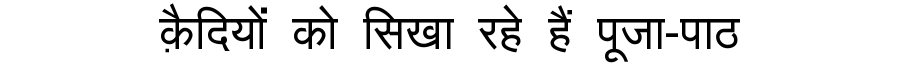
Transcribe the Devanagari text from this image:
क़ैदियों को सिखा रहे हैं पूजा-पाठ